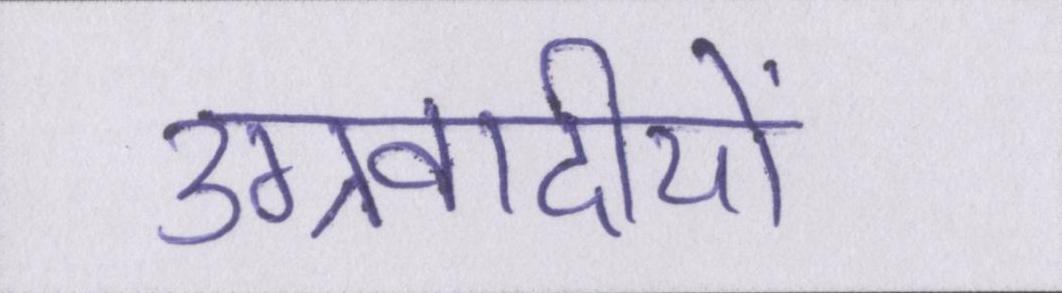
उग्रवादीयों